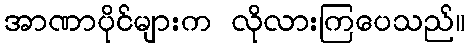
အာဏာပိုင်များက လိုလားကြပေသည်။